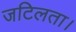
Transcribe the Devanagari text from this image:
जटिलता।